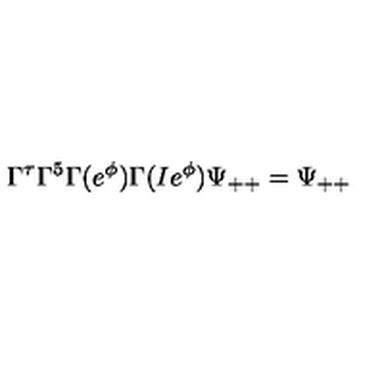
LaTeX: \Gamma ^ { \tau } \Gamma ^ { 5 } \Gamma ( e ^ { \phi } ) \Gamma ( I e ^ { \phi } ) \Psi _ { + + } = \Psi _ { + + }